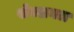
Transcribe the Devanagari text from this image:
सेक्शनल